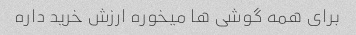
برای همه گوشی ها میخوره ارزش خرید داره